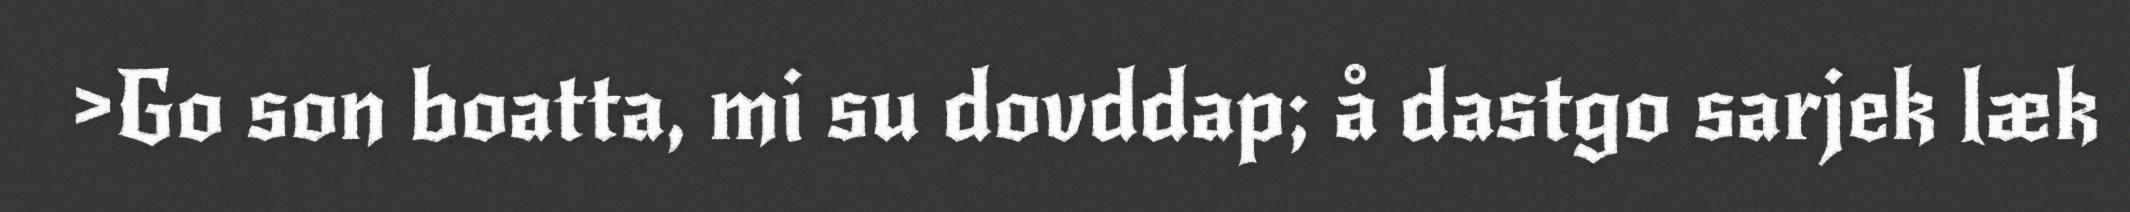
>Go son boatta, mi su dovddap; å dastgo sarjek læk